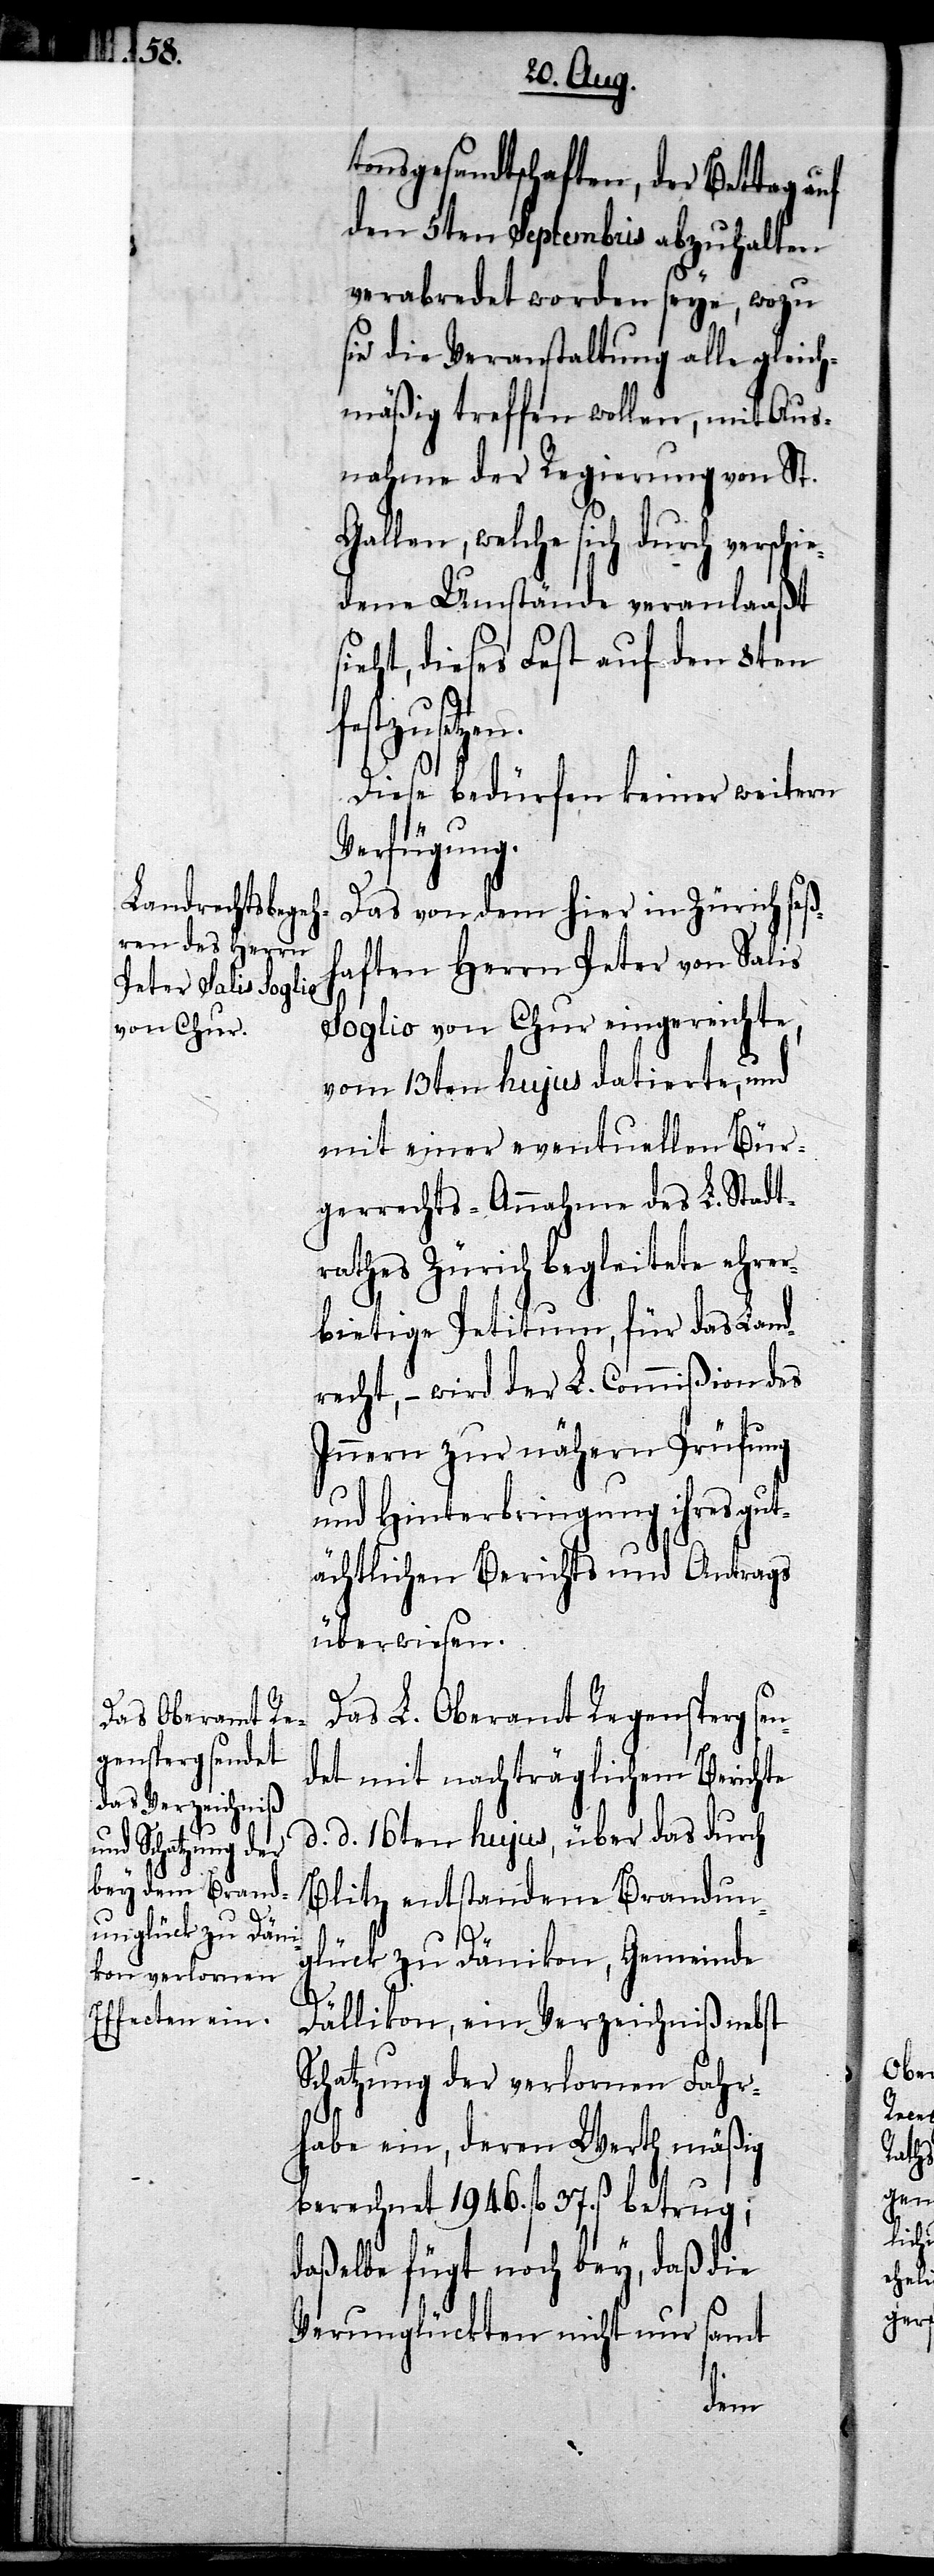
tonsgesandtschaften, der Bettag auf
den 5ten Septembris abzuhalten
verabredet worden seye, wozu
sie die Veranstaltung alle gleich¬
mäßig treffen wollen, mit Aus¬
nahme der Regierung von St.
Gallen, welche sich durch
dene Umstände veranlaaßt
sieht, dieses Fest auf den 8ten
setzen.
Diese bedürfen keiner weitern
Verfügung.
Das von dem hier in Zürich seß¬
haften Herrn Peter von Salis
Soglio von Chur eingereichte,
vom 13ten hujus datierte, und
mit einer eventuellen Bür¬
gerrechts-Annahme des L. Stadt¬
rathes Zürich begleitete ehrer¬
bietige Petitum, für das Land¬
recht, – wird der L. Commißion des
Innern zur nähern Prüfung
und Hinterbringung ihres gu¬
tächtlichen Berichts und Antrags
überwiesen.
Das L. Oberamt Regensperg se¬
ndet mit nachträglichem Berichte
d. d. 16ten hujus, über das durch
Blitz entstandene Brandun¬
glück zu Dänikon, Gemeinde
Dällikon, ein Verzeichniß nebst
Schatzung der verlornen Fahr¬
habe ein, deren Werth mäßig
berechnet 1946. fl. 37. ß betrug;
daßelbe fügt noch bey, daß die
Verunglückten nicht nur samt